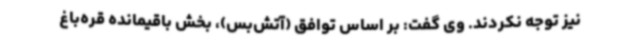
نیز توجه نکردند. وی گفت: بر اساس توافق (آتش‌بس)، بخش باقیمانده قره‌باغ